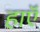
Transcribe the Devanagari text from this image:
हाएॅ